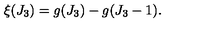
\xi ( J _ { 3 } ) = g ( J _ { 3 } ) - g ( J _ { 3 } - 1 ) .